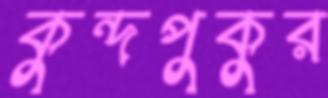
কুন্দপুকুর